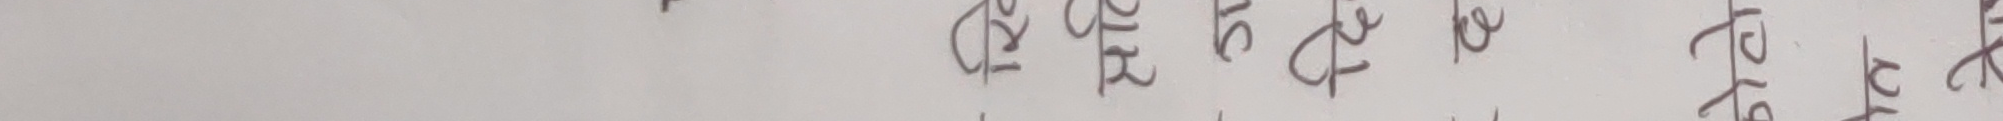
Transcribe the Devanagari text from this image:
दोबोलोमोयोतोहोके